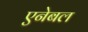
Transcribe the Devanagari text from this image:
एनेबल